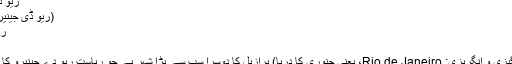
ریو دے جینیرو - ویکیپیڈیا
(ریو ڈی جینیرو سے رجوع مکرر)
ریاست ریو دے جینیرو
شہر ریو دے جینیرو
ریو دے جینیرو (پرتگیزی و انگریزی: Rio de Janeiro، یعنی جنوری کا دریا) برازیل کا دوسرا سب سے بڑا شہر ہے جو ریاست ریو دے جینیرو کا دارالحکومت بھی ہے۔